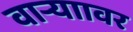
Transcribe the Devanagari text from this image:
वाऱ्याावर